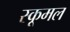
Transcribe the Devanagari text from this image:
स्कूमल